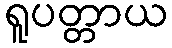
ရူပတ္တာယ